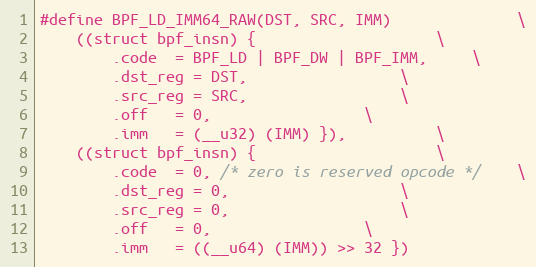
Language: C
#define BPF_LD_IMM64_RAW(DST, SRC, IMM)				\
	((struct bpf_insn) {					\
		.code  = BPF_LD | BPF_DW | BPF_IMM,		\
		.dst_reg = DST,					\
		.src_reg = SRC,					\
		.off   = 0,					\
		.imm   = (__u32) (IMM) }),			\
	((struct bpf_insn) {					\
		.code  = 0, /* zero is reserved opcode */	\
		.dst_reg = 0,					\
		.src_reg = 0,					\
		.off   = 0,					\
		.imm   = ((__u64) (IMM)) >> 32 })